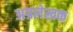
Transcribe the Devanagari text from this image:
अग्रलेखक